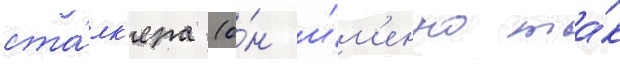
ста́лк'ера (о́н и́м'енно та́к